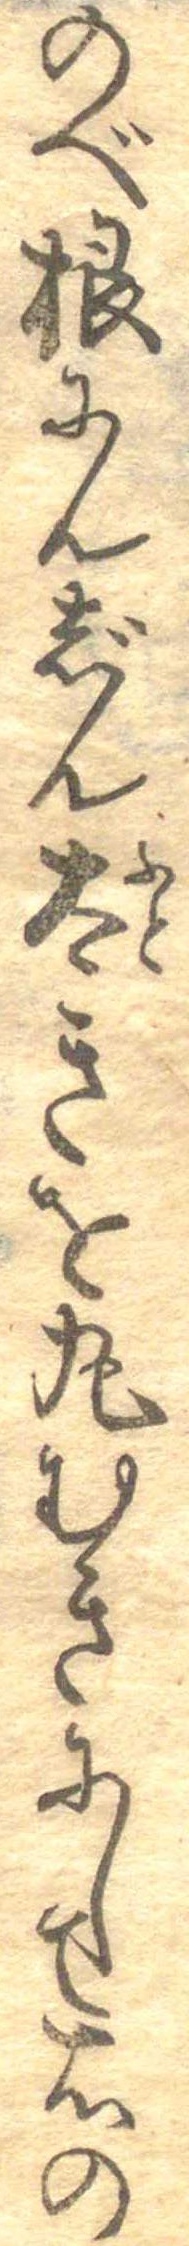
のべ根にんじん太きを丸むきにして右の